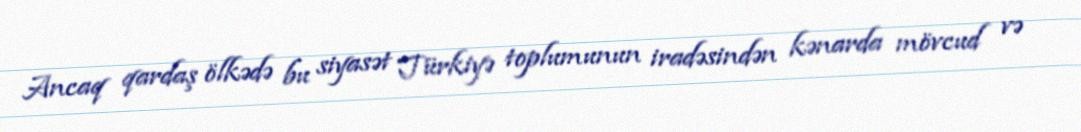
Ancaq qardaş ölkədə bu siyasət Türkiyə toplumunun iradəsindən kənarda mövcud və